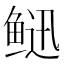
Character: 𩾄